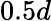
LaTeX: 0.5d